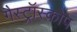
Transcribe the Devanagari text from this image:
गैस्ट्रॉस्कोप